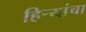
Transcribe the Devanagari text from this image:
हिर्‍यांचा